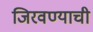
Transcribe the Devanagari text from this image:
जिरवण्याची